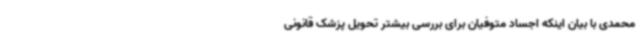
محمدی با بیان اینکه اجساد متوفیان برای بررسی بیشتر تحویل پزشک قانونی